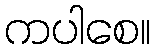
ကပါစေ။